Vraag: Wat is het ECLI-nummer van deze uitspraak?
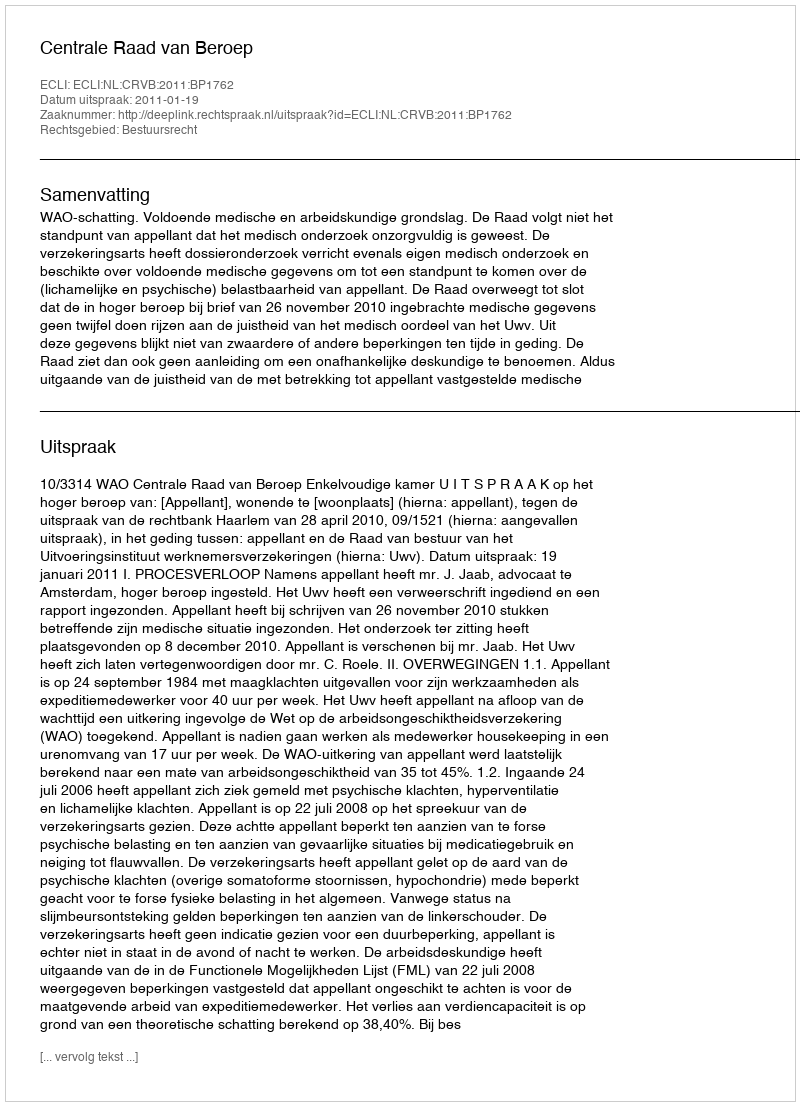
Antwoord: ECLI:NL:CRVB:2011:BP1762